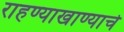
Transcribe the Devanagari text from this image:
राहण्याखाण्याचे